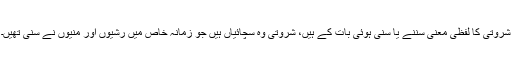
شروتی کا لفظی معنی سننے یا سنی ہوئی بات کے ہیں، شروتی وہ سچائیاں ہیں جو زمانہ خاص میں رشیوں اور مُنیوں نے سنی تھیں۔